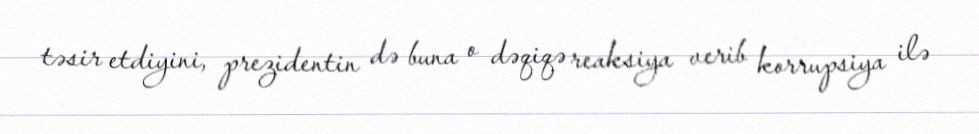
təsir etdiyini, prezidentin də buna o dəqiqə reaksiya verib korrupsiya ilə